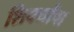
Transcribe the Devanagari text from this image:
शिर्क्यांचा